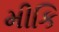
મીકિ